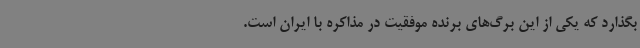
بگذارد که یکی از این برگ‌های برنده موفقیت در مذاکره با ایران است.